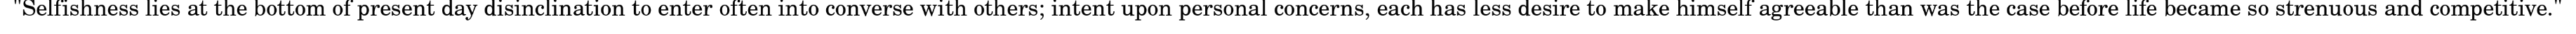
"Selfishness lies at the bottom of present day disinclination to enter often into converse with others; intent upon personal concerns, each has less desire to make himself agreeable than was the case before life became so strenuous and competitive."